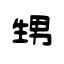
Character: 甥